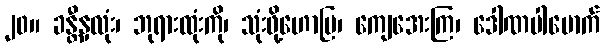
၂၀။ ခန္တီနှလုံး၊ ဘုရားထုံးကို၊ သုံးဖို့ဟောပြ၊ ကျေအေးကြ၊ ဒေါဏပါမောက်